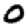
Digit: 0